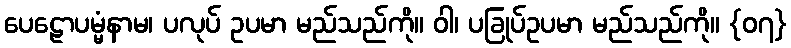
ပေဠောပမ္မံနာမ၊ ပလုပ် ဥပမာ မည်သည်ကို။ ဝါ၊ ပခြုပ်ဥပမာ မည်သည်ကို။ {၀၇}